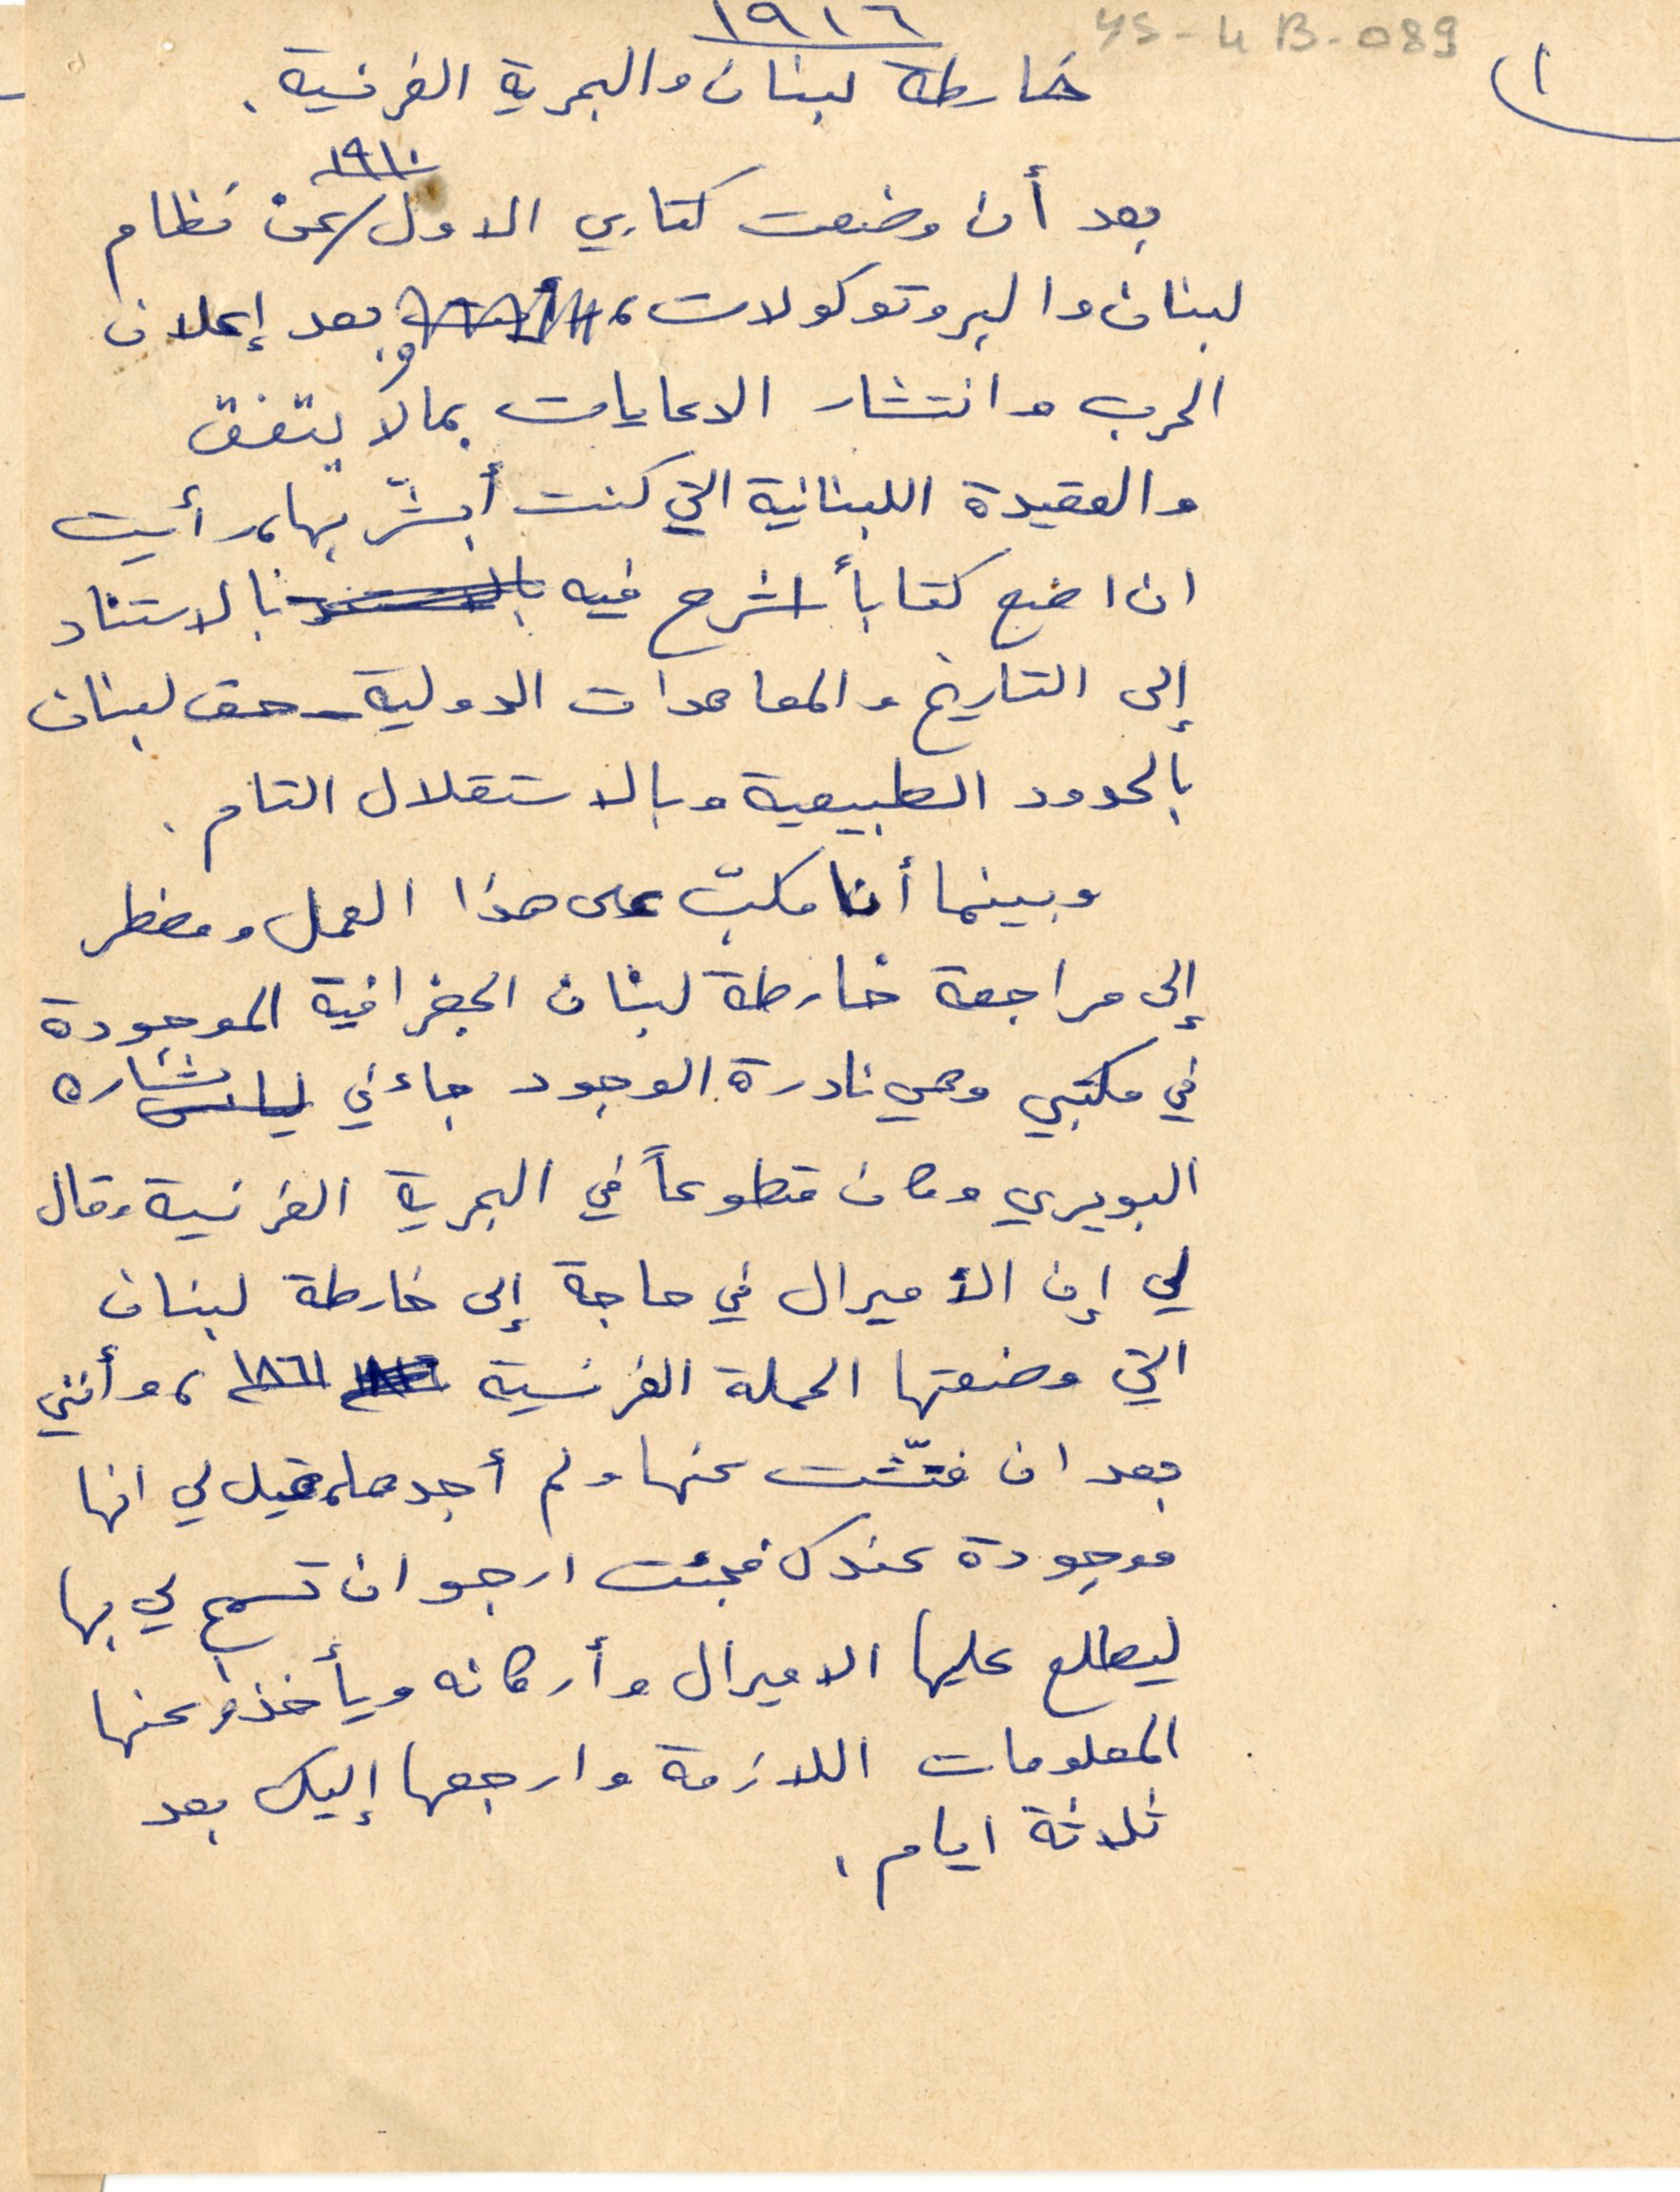
خارطة لبنان والبحرية الفرنسية.
بعد أن وضعت كتابي الاول ١٩١٠عن نظام
لبنان والبروتوكولات ، وبعد إعلان
الحرب وانتشار الدعايات بما لا يتفق
والعقيدة اللبنانية التي كنت أبشر بها، رأيت
ان اضع كتاباً اشرح فيه بالاستناد
إلى التاريخ والمعاهدات الدولية - حق لبنان
بالحدود الطبيعية وبالاستقلال التام.
وبينما أنا مكبّ على هذا العمل ومضطر
إلى مراجعة خارطة لبنان الجغرافية الموجودة
في مكتبي وهي نادرة الوجود جاءني بشاره
البويري وكان متطوعاً في البحرية الفرنسية وقال
لي إن الأميرال في حاجة إلى خارطة لبنان
التي وضعتها الحملة الفرنسية ١٨٦١، وأنني
بعد ان فتّشت عنها ولم أجدها، قيل لي انها
 موجودة عندك فجئت ارجو ان تسمح لي بها
ليطلع عليها الاميرال وأركانه ويأخذوا عنها
 المعلومات اللازمة وارجعها إليك بعد
 ثلاثة ايام.
١٩١٦
ys-4B-089